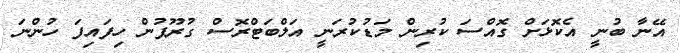
އޭނާ ބުނީ އެކޮޅަށް ގޮއްސަ ކުރިން މަޑުކުރަނީ އަލްބަޓްރޮސް ގުރޫޕުން ހިފައިފަ ހުންނަ